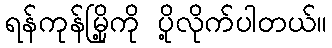
ရန်ကုန်မြို့ကို ပို့လိုက်ပါတယ်။